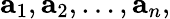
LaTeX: \mathbf{a}_{1},\mathbf{a}_{2},\ldots,\mathbf{a}_{n},